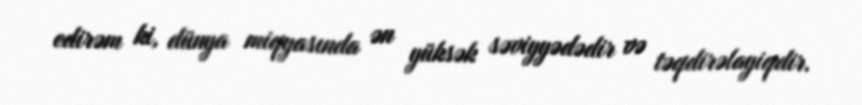
edirəm ki, dünya miqyasında ən yüksək səviyyədədir və təqdirəlayiqdir.